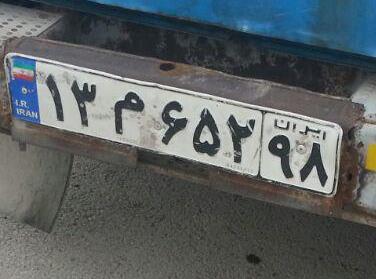
۱۳م۶۵۲۹۸